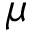
\boldsymbol { \mu }